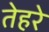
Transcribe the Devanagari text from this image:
तेहरे